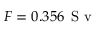
F = 0 . 3 5 6 \, \mathrm { ~ S ~ v ~ }